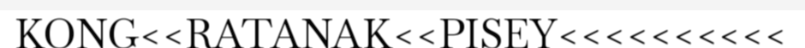
KONG<<RATANAK<<PISEY<<<<<<<<<<